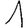
Digit: 1